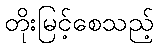
တိုးမြင့်စေသည့်